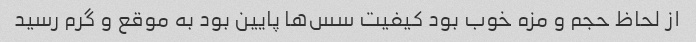
از لحاظ حجم و مزه خوب بود کیفیت سس‌ها پایین بود به موقع و گرم رسید